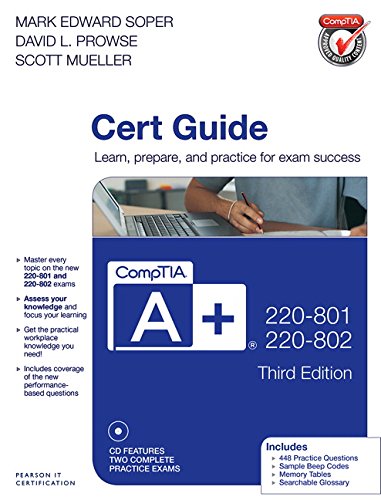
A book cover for CompTIA A+ 220-801 and 220-802 Cert Guide (3rd Edition); Mark Edward Soper; Computers & Technology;